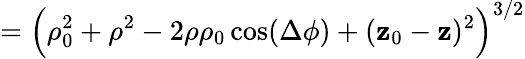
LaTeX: =\Big(\rho_{0}^{2}+\rho^{2}-2\rho\rho_{0}\cos(\Delta\phi)+(\mathbf{z}_{0}-\mathbf{z})^{2}\Big)^{3/2}